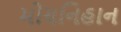
મોયનિહાન